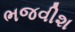
ભજવીશ